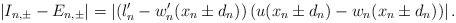
\begin{align*}|I_{n,\pm} - E_{n,\pm} | &= \left|(l_n' - w_n'(x_n \pm d_n))\left(u(x_n \pm d_n) - w_n(x_n \pm d_n)\right)\right|.\end{align*}